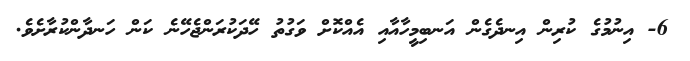
6- އިނުމުގެ ކުރިން އިނދެގެން އަނބިމީހާއާއި އެއްކޮށް ވަގުތު ހޭދަކުރަންޖެހޭނެ ކަން ހަނދާންކުރާށެވެ.